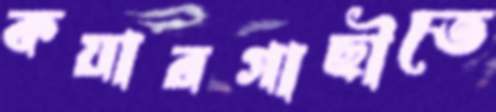
কয়ারগাছীতে